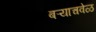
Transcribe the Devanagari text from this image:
बऱ्याचवेळ